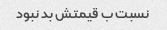
نسبت ب قیمتش بد نبود